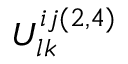
U _ { l k } ^ { i j ( 2 , 4 ) }